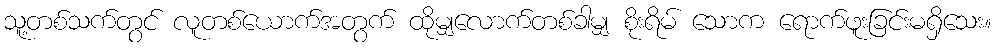
သူ့တစ်သက်တွင် လူတစ်ယောက်အတွက် ထိုမျှလောက်တစ်ခါမျှ စိုးရိမ် သောက ရောက်ဖူးခြင်းမရှိသေး။